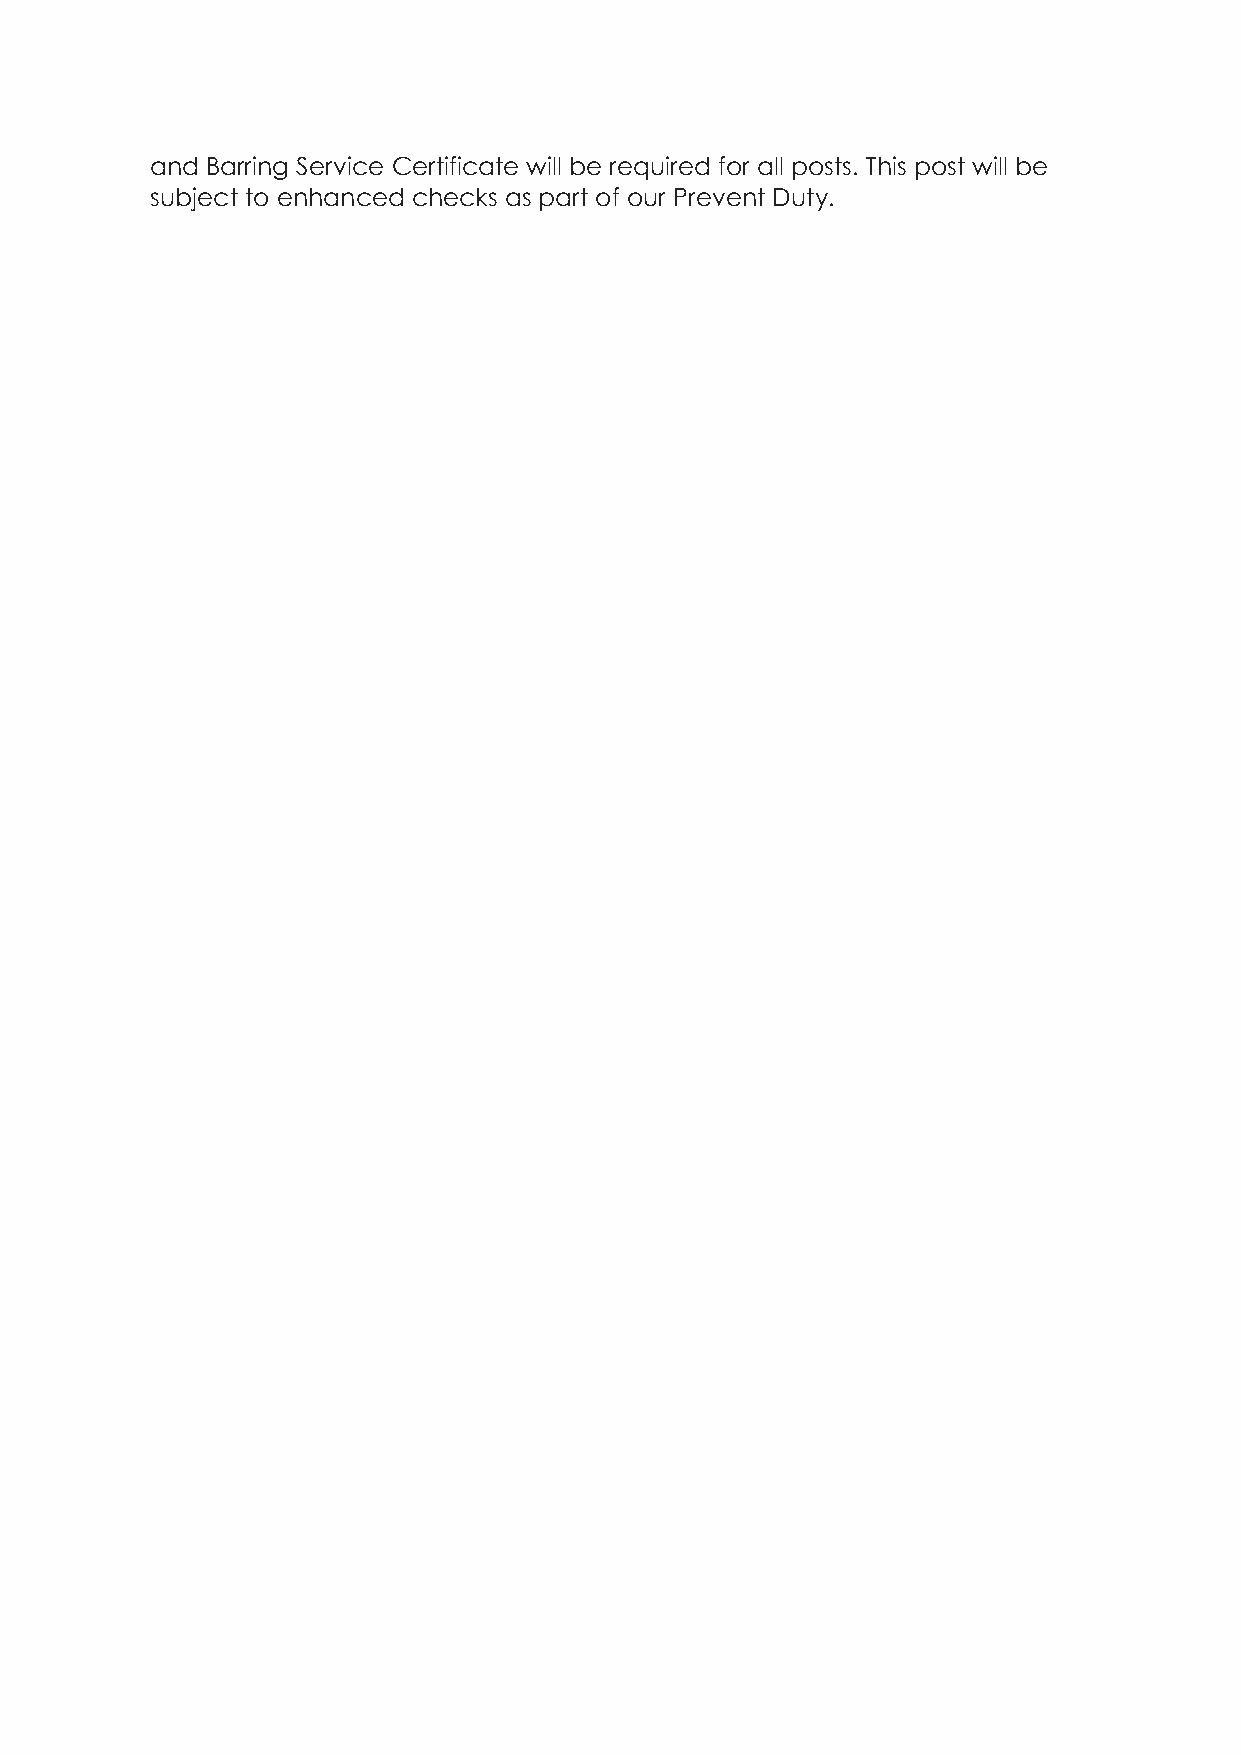
and Barring Service Certificate will be required for all posts. This post will be
 subject to enhanced checks as part of our Prevent Duty.